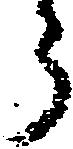
う